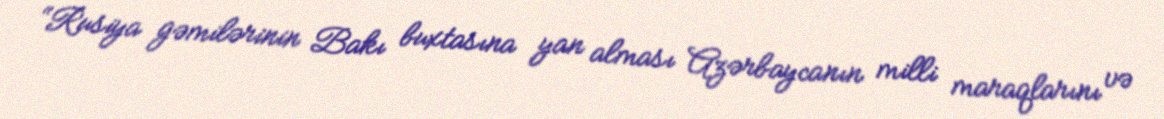
“Rusiya gəmilərinin Bakı buxtasına yan alması Azərbaycanın milli maraqlarını və